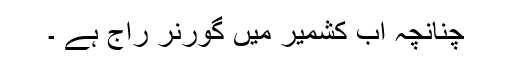
چنانچہ اب کشمیر میں گورنر راج ہے ۔